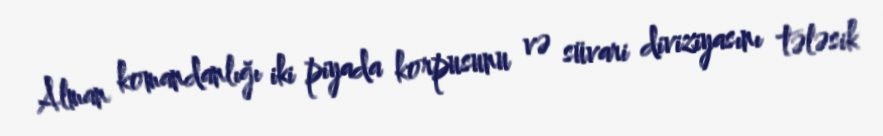
Alman komandanlığı iki piyada korpusunu və süvari diviziyasını tələsik